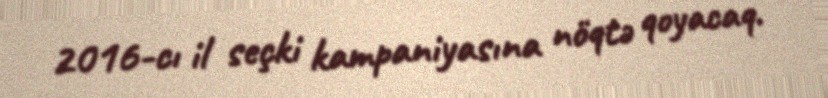
2016-cı il seçki kampaniyasına nöqtə qoyacaq.